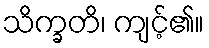
သိက္ခတိ၊ ကျင့်၏။